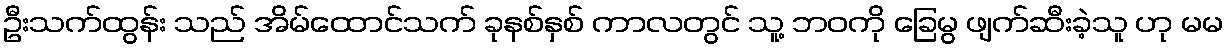
ဦးသက်ထွန်း သည် အိမ်ထောင်သက် ခုနစ်နှစ် ကာလတွင် သူ့ ဘဝကို ခြေမွ ဖျက်ဆီးခဲ့သူ ဟု မမ